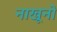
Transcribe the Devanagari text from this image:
नाखूनो